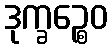
ဒုက္ခဉ္စေဝ